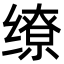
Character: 缭